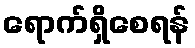
ရောက်ရှိစေရန်